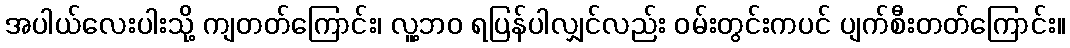
အပါယ်လေးပါးသို့ ကျတတ်ကြောင်း၊ လူ့ဘဝ ရပြန်ပါလျှင်လည်း ဝမ်းတွင်းကပင် ပျက်စီးတတ်ကြောင်း။